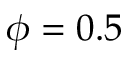
\phi = 0 . 5